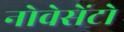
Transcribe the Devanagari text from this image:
नोवेसेंटो